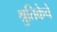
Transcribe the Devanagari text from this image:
श्रुतिकेचे